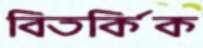
বিতর্কিক